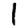
Digit: 1